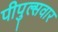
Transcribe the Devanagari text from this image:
पीपुल्सवार